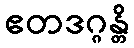
ဧတဒဂ္ဂန္တိ